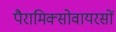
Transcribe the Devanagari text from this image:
पैरामिक्सोवायरसों